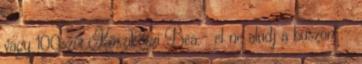
vagy 100szor.Kösziköszi Bea:- el ne aludj a buszon :-